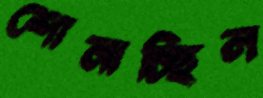
শোনাচ্ছিল